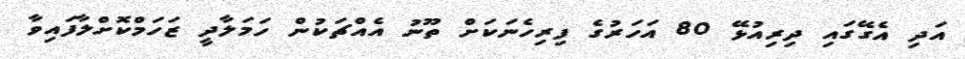
އަދި އެގޭގައި ދިރިއުޅޭ 80 އަހަރުގެ ފިރިހެނަކަށް ތޫނު އެއްޗަކުން ހަމަލާދީ ޒަހަމްކޮށްލާފައިވާ